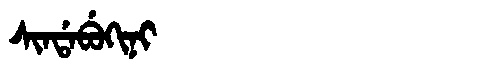
Manchu: ᠰᡳᠨᡩᠠᠪᡠᡴᡳᠨᡳ
Romanization: SINDABUKINI